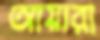
আয়ারা